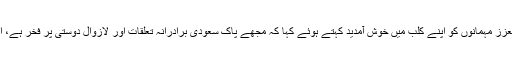
رائیڈنگ کلب کے مالک و مہتمم سعودی شہری یوسف یعقوب البیتونی نے تمام معزز مہمانوں کو اپنے کلب میں خوش آمدید کہتے ہوئے کہا کہ مجھے پاک سعودی برادرانہ تعلقات اور لازوال دوستی پر فخر ہے، انہوں نے فراخدالی سے تمام شرکاء کو کلب کی فری ممبر شپ کا بھی اعلان کیا۔